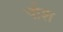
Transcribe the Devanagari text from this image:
पौश